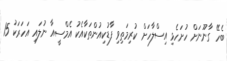
ބެހޭ ގާނޫނަށް ހުށަހެޅި އިސްލާހަށް ކުރިމަތިވި ފާޑުކިއުންތަކާއެކު އެމްސީއާ ނުލައި އަހަރަކު 15